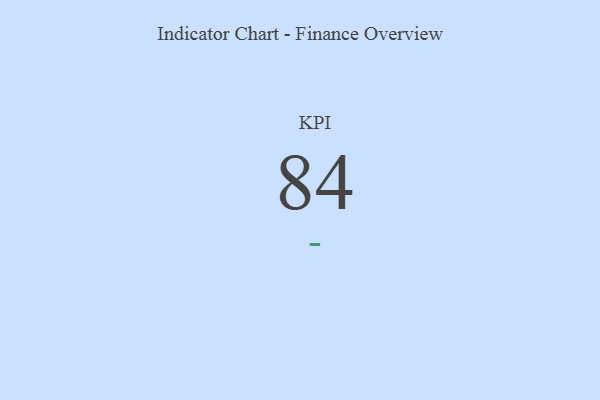
{"axis": {"x": "KPI", "y": "Value"}, "legend": [""], "data": [{"x": "KPI", "y": 84, "type": ""}]}